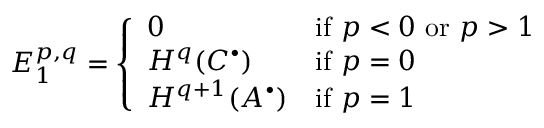
E _ { 1 } ^ { p , q } = { \left\{ \begin{array} { l l } { 0 } & { { \mathrm { i f ~ } } p < 0 { \mathrm { ~ o r ~ } } p > 1 } \\ { H ^ { q } ( C ^ { \bullet } ) } & { { \mathrm { i f ~ } } p = 0 } \\ { H ^ { q + 1 } ( A ^ { \bullet } ) } & { { \mathrm { i f ~ } } p = 1 } \end{array} \right. }